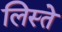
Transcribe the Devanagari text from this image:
लिस्ते